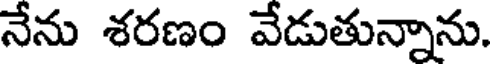
నేను శరణం వేడుతున్నాను.